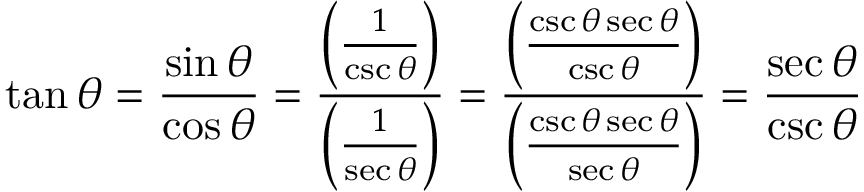
\tan \theta = { \frac { \sin \theta } { \cos \theta } } = { \frac { \left( { \frac { 1 } { \csc \theta } } \right) } { \left( { \frac { 1 } { \sec \theta } } \right) } } = { \frac { \left( { \frac { \csc \theta \sec \theta } { \csc \theta } } \right) } { \left( { \frac { \csc \theta \sec \theta } { \sec \theta } } \right) } } = { \frac { \sec \theta } { \csc \theta } }